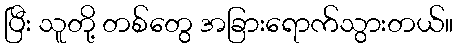
ပြီး သူတို့ တစ်တွေ အခြားရောက်သွားတယ်။